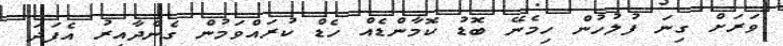
ވަރަށް ގިނަ ފުލުހުން ހިމެނޭ ބޮޑު ކޮމާންޑެއް ހެޑް ކުރައްވަމުން ގެންދާއިރު އެފަދަ